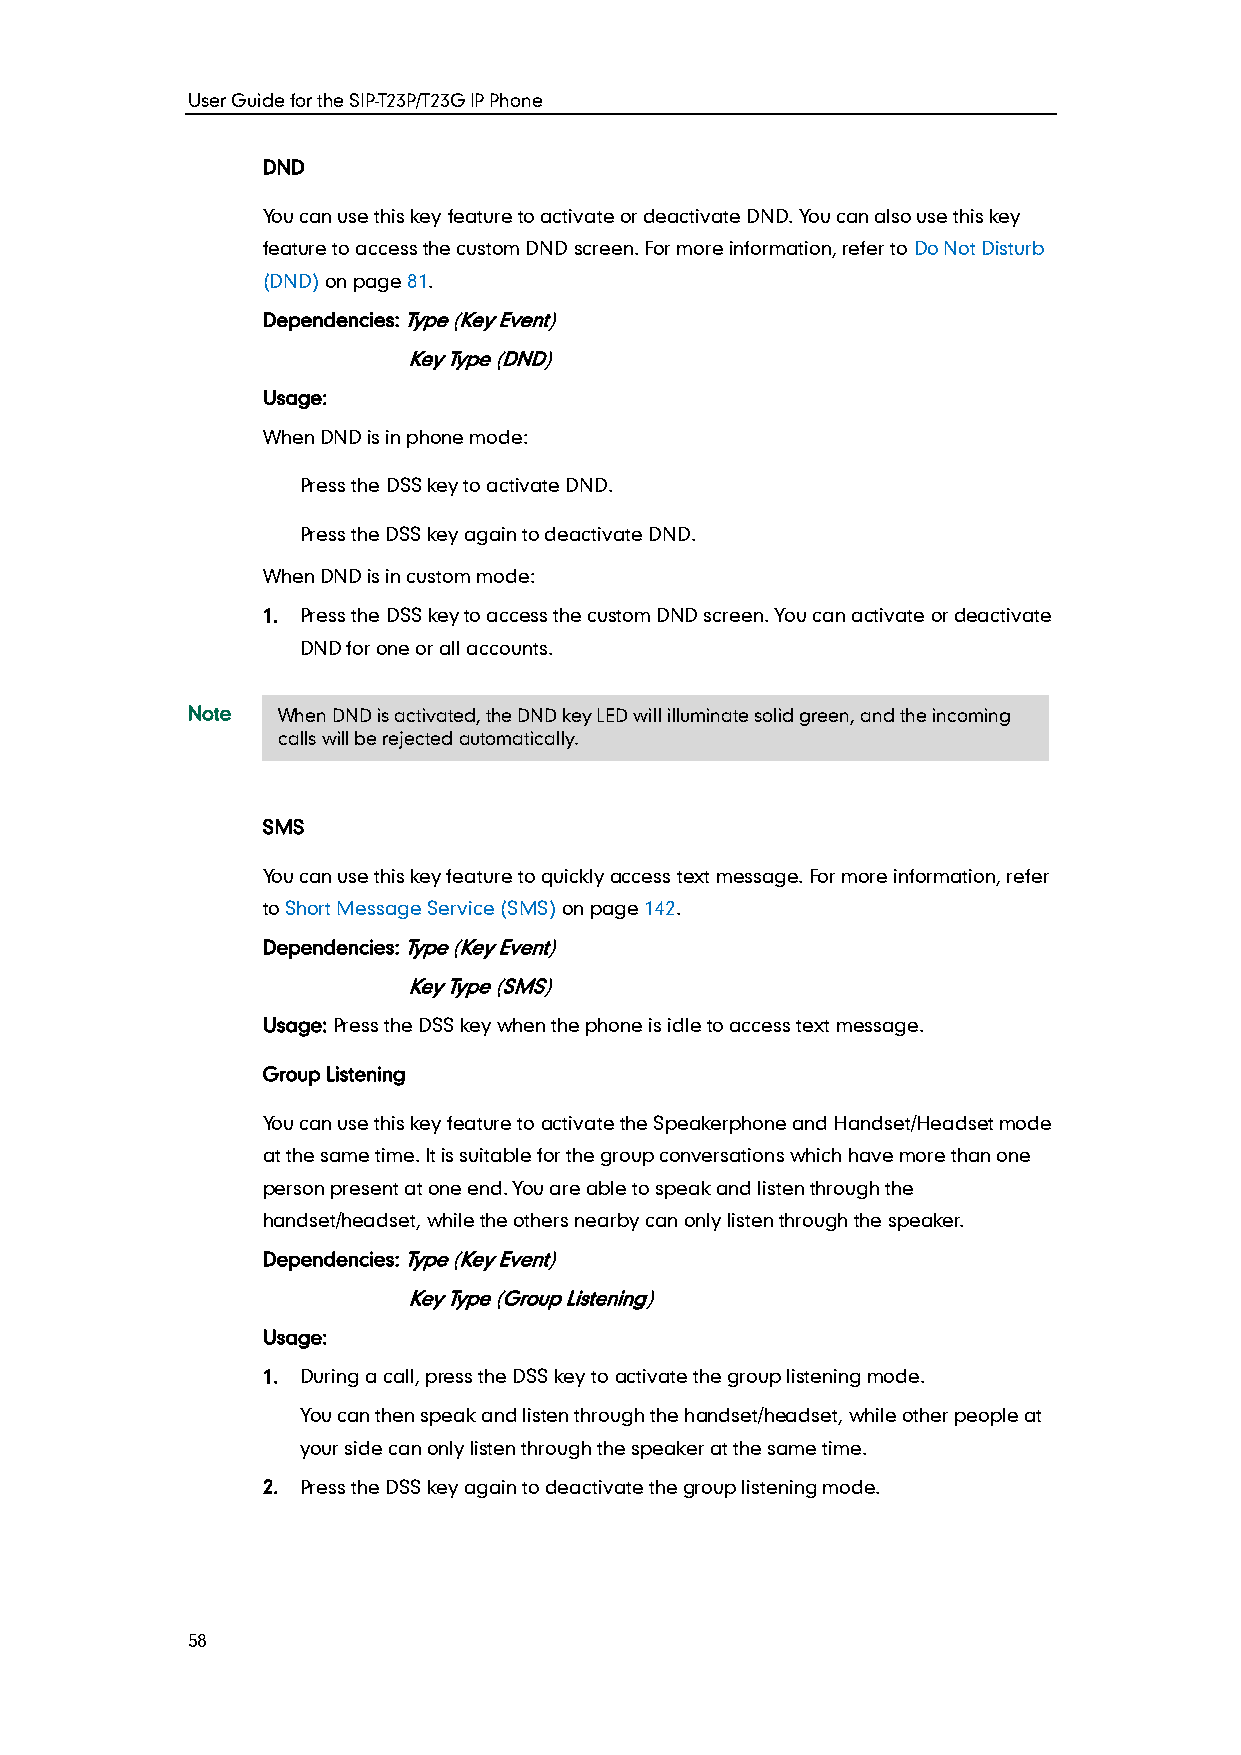
User Guide for the SIP-T23P/T23G IP Phone
 DND
 You can use this key feature to activate or deactivate DND. You can also use this key
 feature to access the custom DND screen. For more information, refer to Do Not Disturb
 (DND) on page 81.
 Dependencies: Type (Key Event)
 Key Type (DND)
 Usage:
 When DND is in phone mode:
 Press the DSS key to activate DND.
 Press the DSS key again to deactivate DND.
 When DND is in custom mode:
 1. Press the DSS key to access the custom DND screen. You can activate or deactivate
 DND for one or all accounts.
 Note  When DND is activated, the DND key LED will illuminate solid green, and the incoming
 calls will be rejected automatically.
 SMS
 You can use this key feature to quickly access text message. For more information, refer
 to Short Message Service (SMS) on page 142.
 Dependencies: Type (Key Event)
 Key Type (SMS)
 Usage: Press the DSS key when the phone is idle to access text message.
 Group Listening
 You can use this key feature to activate the Speakerphone and Handset/Headset mode
 at the same time. It is suitable for the group conversations which have more than one
 person present at one end. You are able to speak and listen through the
 handset/headset, while the others nearby can only listen through the speaker.
 Dependencies: Type (Key Event)
 Key Type (Group Listening)
 Usage:
 1. During a call, press the DSS key to activate the group listening mode.
 You can then speak and listen through the handset/headset, while other people at
 your side can only listen through the speaker at the same time.
 2. Press the DSS key again to deactivate the group listening mode.
 58